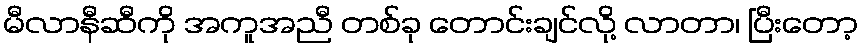
မီလာနီဆီကို အကူအညီ တစ်ခု တောင်းချင်လို့ လာတာ၊ ပြီးတော့